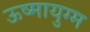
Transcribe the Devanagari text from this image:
ऊष्मायुग्म